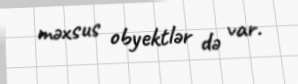
məxsus obyektlər də var.